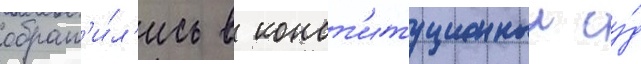
обрат'и́л'ись в конст'итуционныи су́д